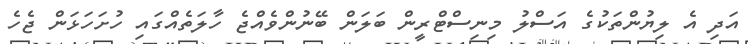
އަދި އެ ލިޔުންތަކުގެ އަސްލު މިނިސްޓްރީން ބަލަން ބޭނުންވެއްޖެ ހާލަތެއްގައި ހުށަހަޅަން ޖެހެ